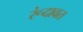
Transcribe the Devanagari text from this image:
रूंदावत